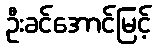
ဦးခင်အောင်မြင့်